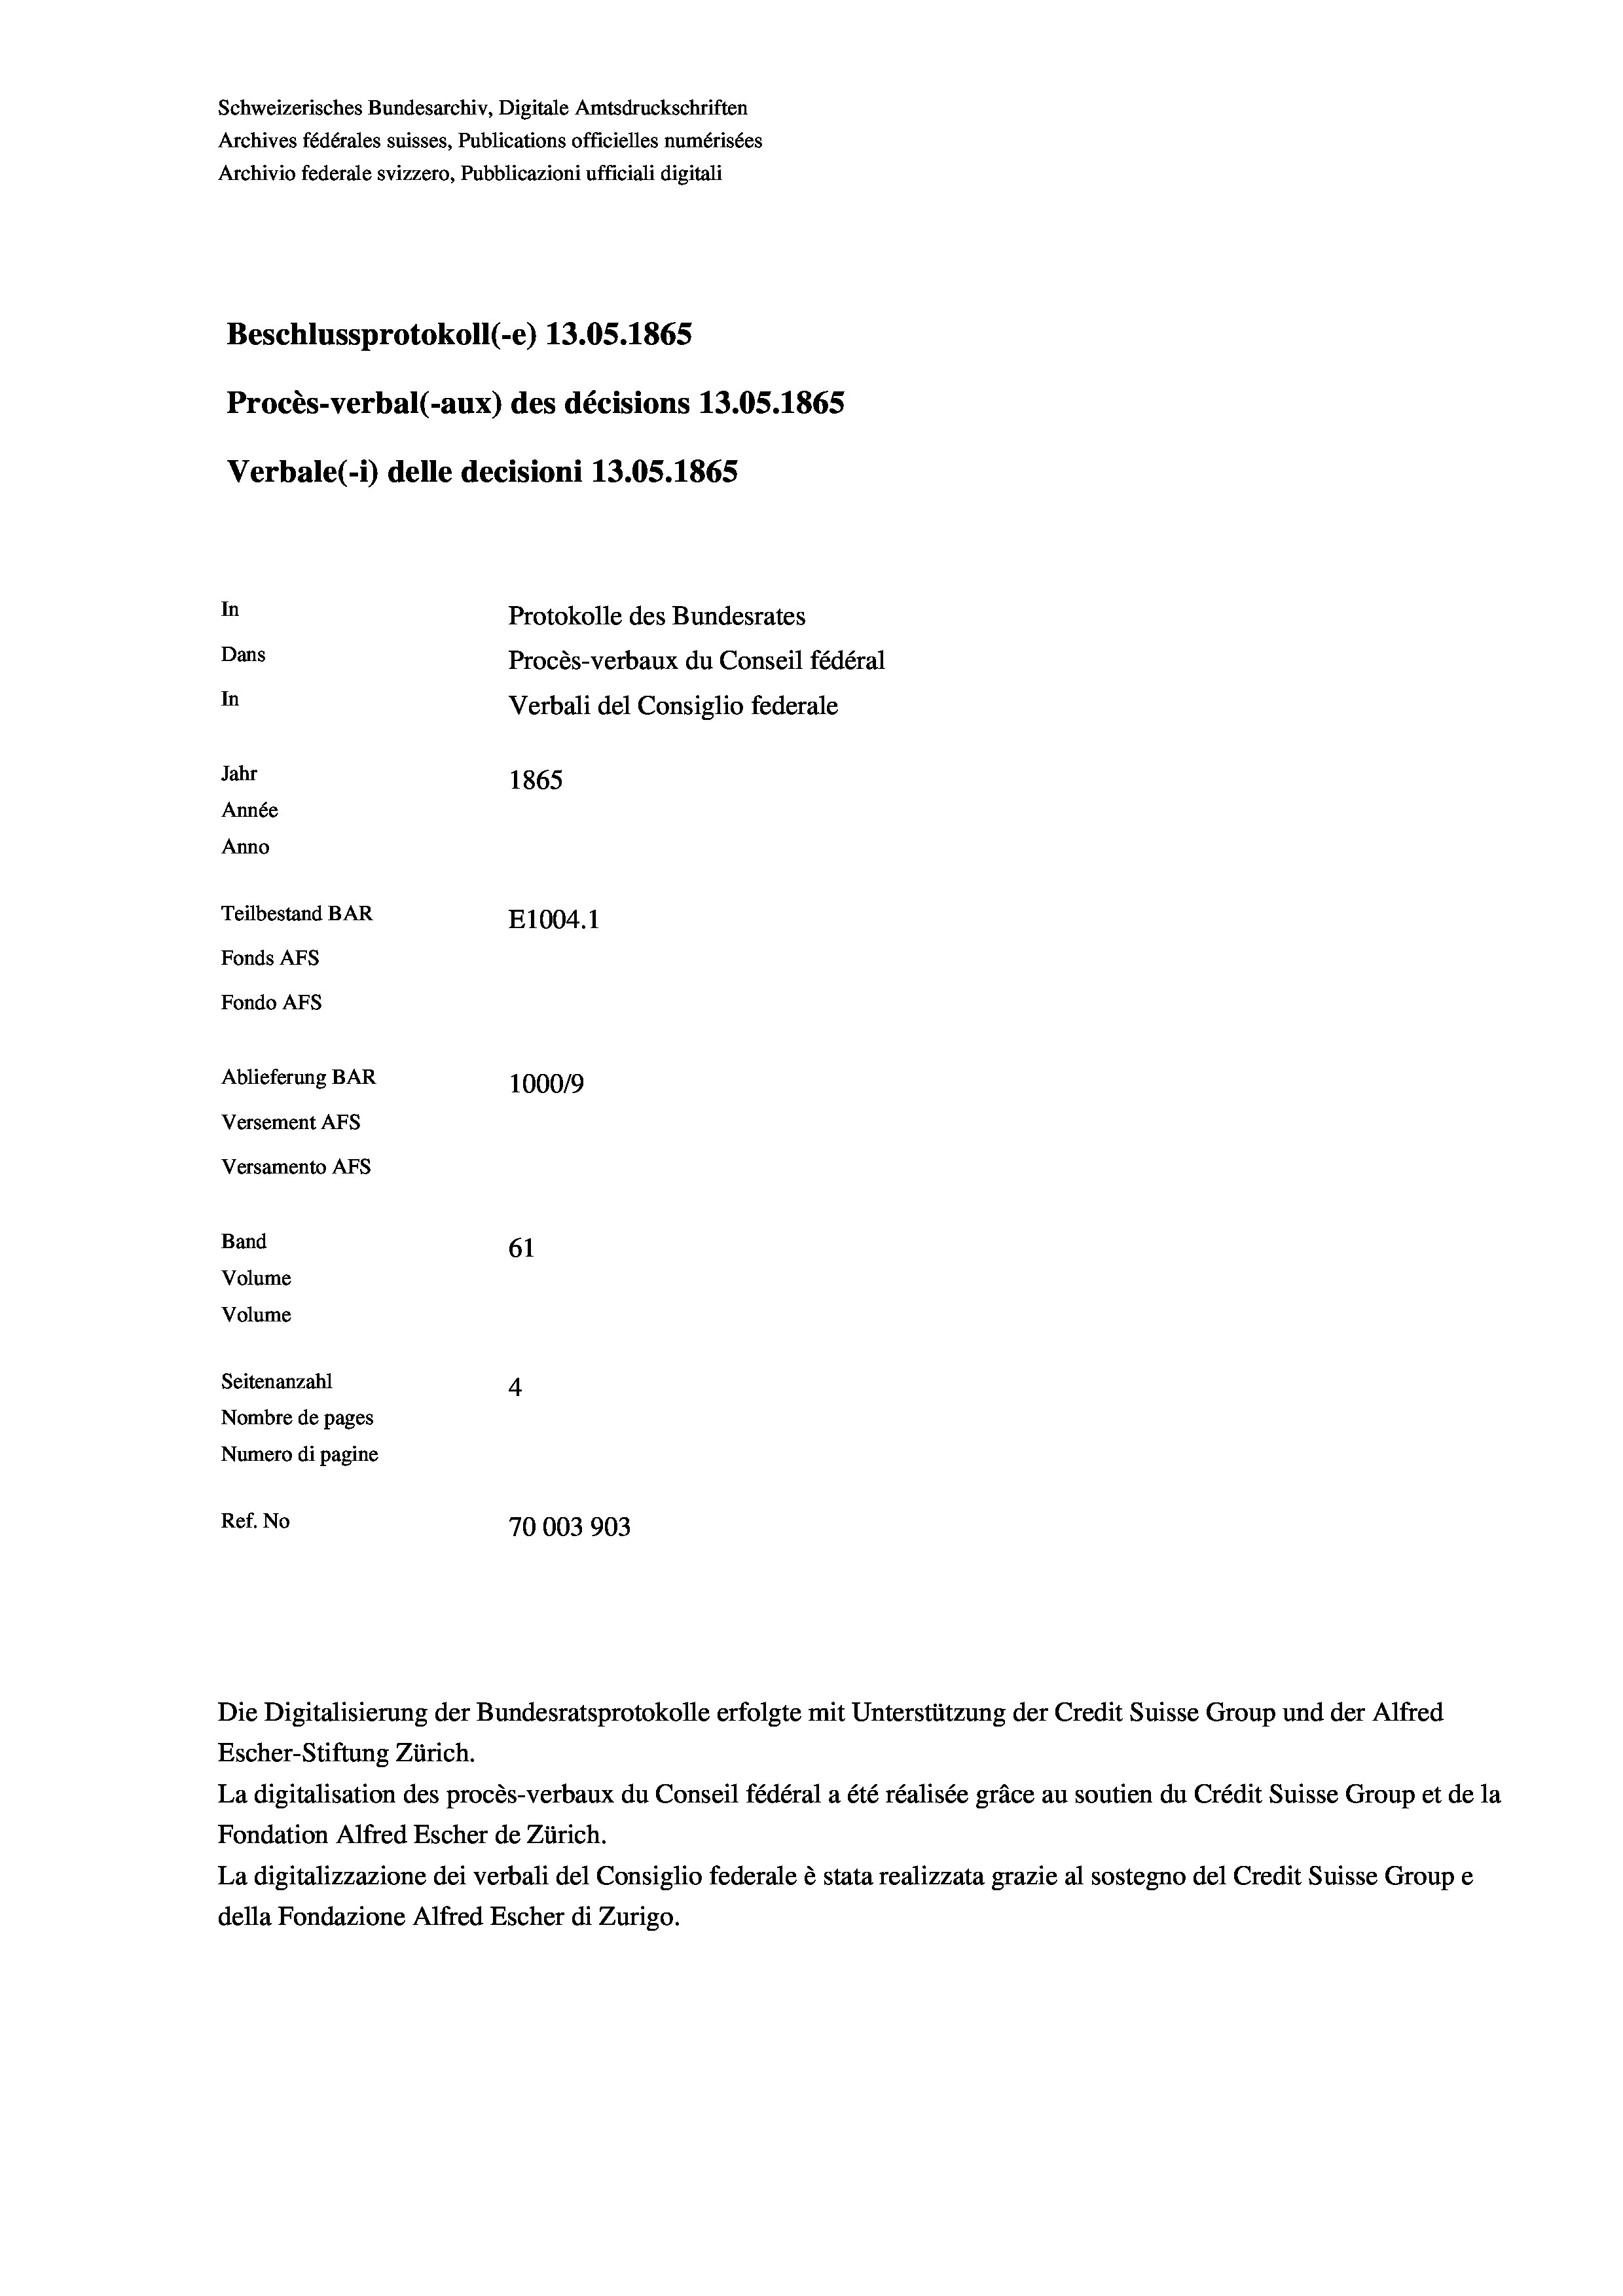
Schweizerisches Bundesarchiv, Digitale Amtsdruckschriften
Archives fédérales suisses, Publications officielles numérisées
Beschlussprotokoll (-e) 13.05. 1865
Procès-verbal (-aux) des décisions 13.05. 1865
Verbale (1) delle decisioni 13.05. 1865

In

Ablieferung BAR
Versement Abs
Versamento Afs
Band
61
Volume
Volume
Seitenanzahl
4

Archivio federale svizzero, Pubblicazioni ufficiali digitali

Dans
In
Jahr
1865
Année
Anno
Teilbestand BAR
E1004. 1
Fonds AFs
Fondo AFS

100019
Nombre de pages
Numero di pagine
Ref. No
70003 903

Protokolle des Bundesrates
Procès-verbaux du Conseil fédéral
Verbali del Consiglio federale

Escher-Stiftung Zürich.
La digitalisation des procès-verbaux du Conseil fédéral a été réalisée gräce au soutien du Crédit Suisse Group et de la
Fondation Alfred Escher de Zürich.
La digitalizzazione dei verbali del Consiglio federale è stata realizzata grazie al sostegno del Credit Suisse Groupe
della Fondazione Alfred Escher di Zurigo.

Die Digitalisierung der Bundesratsprotokolle erfolgte mit Unterstützung der Credit Suisse Group und der Alfred